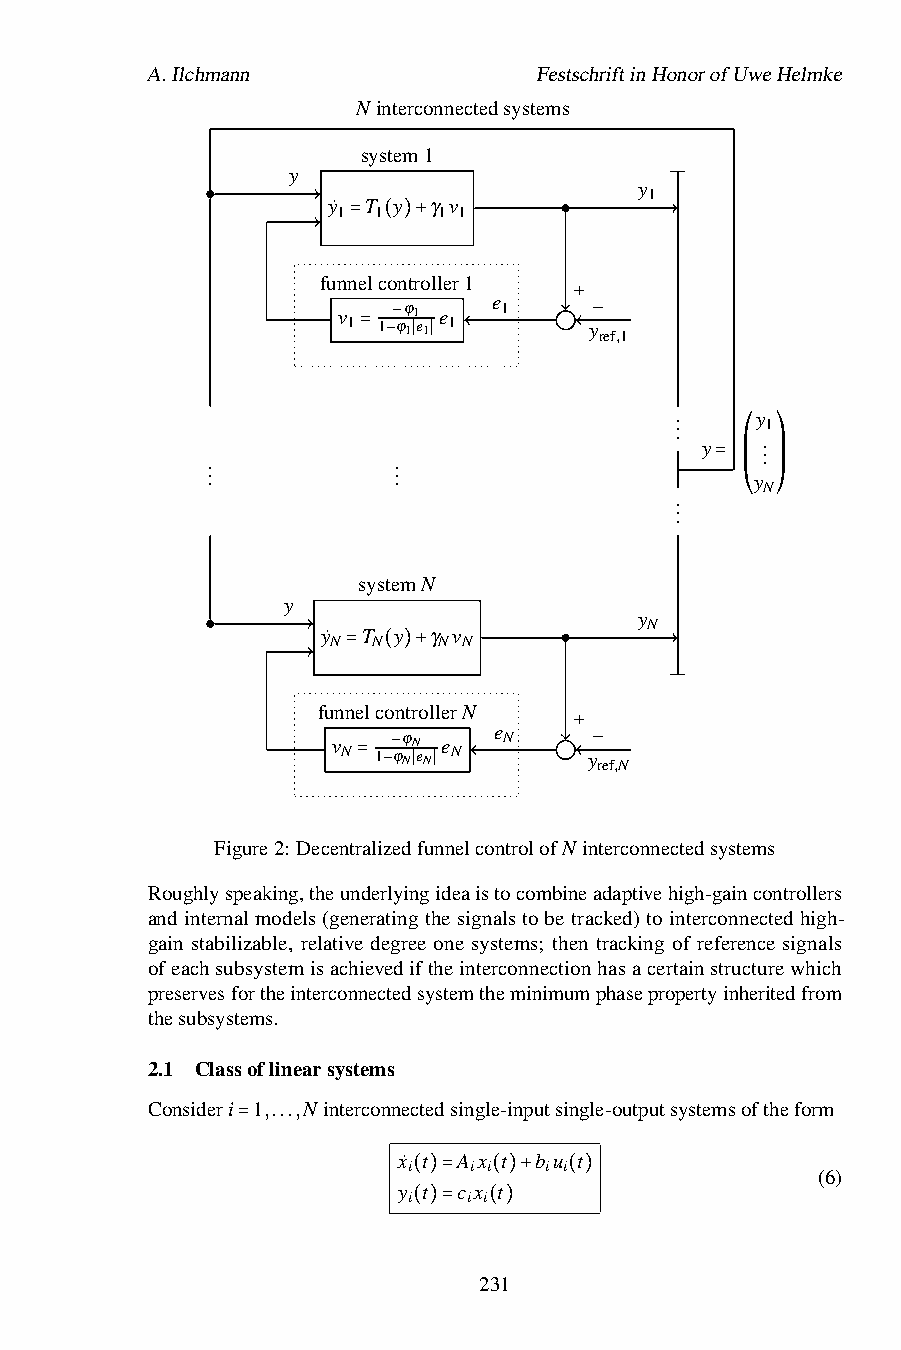
A.Ilchmann                FestschriftinHonorofUweHelmke
 N interconnectedsystems
 system1
 y
 y
 1
 y˙ T y γ v
 1  1   1 1
 = ( )+
 funnelcontroller1
 e
 v    ϕ1 e  1
 1 1 ϕ1e1 1     +y
 ref,1
 −
 −
 = − ∣ ∣
 . . . y 1
 y   . .
 .           .                       .
 .           .                      ⎛ ⎞
 .           .                       y
 . . = ⎜ ⎜ N⎟ ⎟
 .
 ⎝ ⎠
 systemN
 y
 y
 N
 y˙ T y γ v
 N  N   N N
 = ( )+
 funnelcontrollerN
 e
 v    ϕN e  N
 N 1 ϕNeN N     +y
 ref,N
 −
 −
 = − ∣ ∣
 Figure2: DecentralizedfunnelcontrolofN interconnectedsystems
 Roughlyspeaking,theunderlyingideaistocombineadaptivehigh-gaincontrollers
 andinternalmodels(generatingthesignalstobetracked)tointerconnectedhigh-
 gain stabilizable, relative degree one systems; then tracking of reference signals
 ofeachsubsystemisachievediftheinterconnectionhasacertainstructurewhich
 preservesfortheinterconnectedsystemtheminimumphasepropertyinheritedfrom
 thesubsystems.
 2.1 Classoflinearsystems
 Consideri 1,...,N interconnectedsingle-inputsingle-outputsystemsoftheform
 =         x˙ t A x t b u t
 i   i i  i i
 (6)
 y t c x t
 i   i i
 ( )=  ( )+ ( )
 ( )= ( )
 231